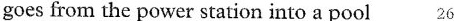
goes from the power station into a pool 26